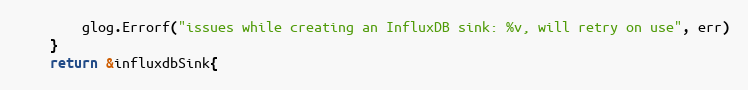
Language: Go
		glog.Errorf("issues while creating an InfluxDB sink: %v, will retry on use", err)
	}
	return &influxdbSink{